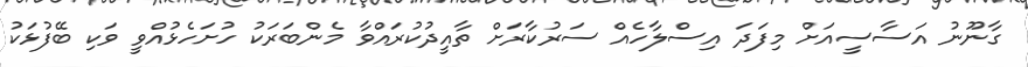
ގާނޫނު އަސާސީއަށް މިފަދަ އިސްލާހެއް ސަރުކާރަށް ތާއީދުކުރައްވާ މެންބަރަކު ހުށަހެޅުއްވީ ވަކި ބޭފުޅަކު